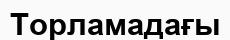
Торламадағы